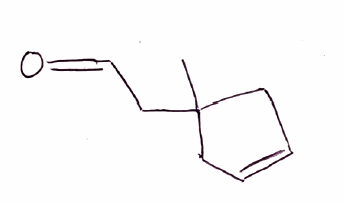
Simplified molecular-input line-entry system (SMILES) notation of the given molecule:
CC1(CC=CC1)CC=O